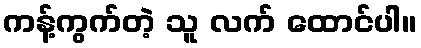
ကန့်ကွက်တဲ့ သူ လက် ထောင်ပါ။